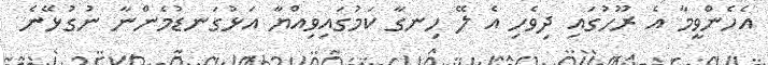
އެހެންވީމާ އެ ރޫހުގައި ދިވެހި އެ ލޭ ހިނގާ ކަމުގައިވިއްޔާ އަޅުގަނޑުމެންނާ ނުގުޅޭނެ